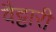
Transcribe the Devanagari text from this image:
वैट्टारी